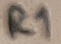
Text: R1